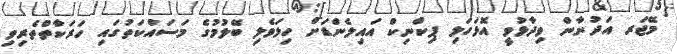
މޭޖަރ އަދުނާން ވިދާޅުވީ އޮޅަހަލި ޕިކްނިކް އައިލެންޑަށް ހިލަވެލި ބޭލުމުގެ މަސައްކަތުގައި ހަރަކާތްތެރިވި